Medical and sanitary report of the native army of Bengal for the year
Year: 1878
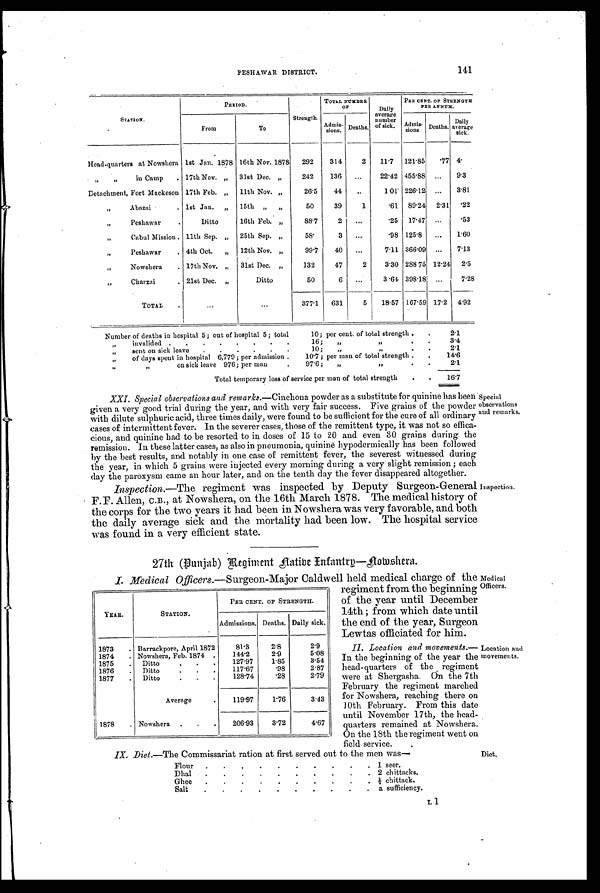
PESHAWAR DISTRICT.
141
STATION.
PERIOD.
Strength.
TOTAL NUMB
ER
OF
Daily
average
number
of sick.
PER CENT. OF STRENGT
H
PER ANNUM.
From
To
Admis-
sions Deaths.
Admis-
sions.
Deaths.
Daily
average
sick.
Head-quarters at Nowshera 1st Jan. 1878 16th Nov. 1878
292
314
2
11.7
121.85
.77 4.
„
„
in Camp
. 17th Nov. „
31st Dec. „
242
136
. . .
22.42 455.88 ...
9.3
Detachment, Fort Mackeson 17th Feb. „
11th Nov. „
26.5
44
..
1.01 226.12
...
3.81
,,
Abazai
. . 1st Jan.
„
15th „
„
50
39
1
.61 80 . 24 2.31 .22
,,
Peshawar
.
Ditto
16th Feb. „
88.7
2
...
.25
17.47
...
.53
,,
Cabul Mission . 11th Sep. „
25th Sep, „
58.
3
...
.98 125 . 8
...
1.60
Peshawar
. 4th Oct.
„
12th Nov. „
99.7
40
...
7.11 366.09
...
7.13
,,
Nowshera
. 17th Nov. „
31st Dec. „
132
47
2
3.30 288 75 12 . 24
2.5
,,
Charzai
. 21st Dec. „
Ditto
50
6
...
3.64 398 . 18 ...
7.28
TOTAL
...
. . .
377.1
631
5
18.57 167.59 17.2 4.92
Number of deaths in hospital 5; out of hospital 5; total
10; per cent. of total strength .
.
2.1
invalided .
.
.
.
.
.
.
.
16;
„
, ,
3.4
, ,
sent on sick leave
.
.
.
.
.
.
10;
„
2.1
, ,
of days spent in hospital 6,779 ; per admission .
10.7 ; per man of total strength .
.
14.6
, ,
„
on sick leave 976; per man
.
97.6 ;
,,
, ,
2.1
Total temporary loss of service per man of total strength
.
.
16.7
XXI. Special observations and remarks.—Cinchona powder as a substitute for quinine has been
given a very good trial during the year, and with very fair success. Five grains of the powder
with dilute sulphuric acid, three times daily, were found to be sufficient for the cure of all ordinary
cases of intermittent fever. In the severer cases, those of the remittent type, it was not so effica-
cious, and quinine had to be resorted to in doses of 15 to 20 and even 30 grains during the
remission. In these latter cases, as also in pneumonia, quinine hypodermically has been followed
by the best results, and notably in one case of remittent fever, the severest witnessed during
the year, in which 5 grains were injected every morning during a very slight remission ; each
day the paroxysm came an hour later, and on the tenth day the fever disappeared altogether.
Inspection. —The regiment was inspected by Deputy Surgeon-General
F . F . A l l e n , C . B . , a t N o w s h e r a , o n t h e 1 6 t h M a r c h 1 8 7 8 . T h e m e d i c a l h i s t o r y o f
the corps for the two years it had been in Nowshera was very favorable, and both
the daily average sick and the mortality had been low. The hospital service
was found in a very efficient state.
27th (Buniab) Regiment Native Infantry—Nowshera.
I. Medical Officers.— Surgeon-Major Caldwell held medical charge of the
regiment from the beginning
of the year until December
14th ; from which date until
the end of the year, Surgeon
Lewtas officiated for him.
II. Location and movements. —
In the beginning of the year the
head-quarters of the regiment
were at Shergasha. On the 7th
February the regiment marched
for Nowshera, reaching there on
10th February. From this date
until November 17th, the head-
quarters remained at Nowshera.
On the 18th the regiment went on
field service.
IX. Diet.—The Commissariat ration at first served out to the men was—
Flour
.
.
.
.
.
.
.
.
.
. 1 seer.
Dhal
.
.
.
.
.
.
.
.
.
. 2 chittacks.
Ghee
.
.
.
.
.
.
.
.
.
. ½ chittack.
Salt
.
.
.
.
.
.
.
.
.
. a sufficiency.
YEAR.
STATION.
PER CENT. OF STRENGTH.
Admissions. Deaths. Daily sick.
1873
. Barrackpore, April 1872
81.3
2.8
2.9
1874
. Nowshera, Feb. 1874
.
144.2
2.9
5.08
1875
.
Ditto.
.
127.97
1.85
3 . 5 4
1876
.
Ditto
117.67
. 9 8
2.87
1877
.
Ditto
.
.
.
128.74
. 2 8
2.79
Average
.
119.97
1.76
3.43
1878
. Nowshera
.
.
.
206.93
3.72
4.67
Special
observations
and remarks.
Inspection.
Medical
Officers.
Location and
movements.
Diet.
L 1.